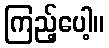
ကြည့်ပေါ့။